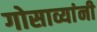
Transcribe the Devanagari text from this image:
गोसाव्यांनी